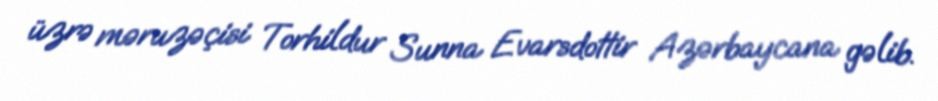
üzrə məruzəçisi Torhildur Sunna Evarsdottir Azərbaycana gəlib.